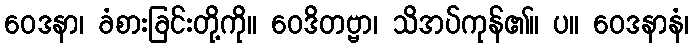
ဝေဒနာ၊ ခံစားခြင်းတို့ကို။ ဝေဒိတဗ္ဗာ၊ သိအပ်ကုန်၏။ ပ။ ဝေဒနာနံ၊